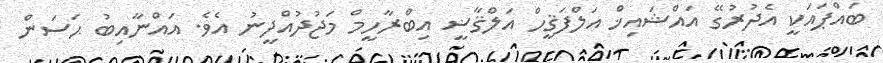
ބައްޕައަކީ އެދުރުގޭ އައްޝައިޚް އަލްފަޤީހް އަލްޤާޟީ އިބްރާހީމް މަޖުދުއްދީނު އެވެ. އައްނާއިބު ޙަސަން